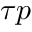
\tau p